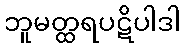
ဘူမတ္ထရပဋိပါဒါ